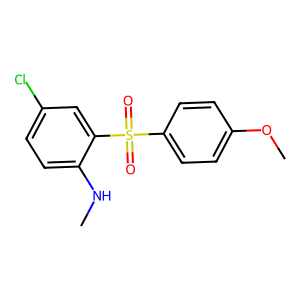
SMILES: CNc1ccc(Cl)cc1S(=O)(=O)c1ccc(OC)cc1
Inhibits HIV replication: No